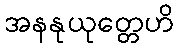
အနနုယုတ္တေဟိ